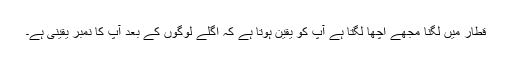
قطار میں لگنا مجھے اچھا لگتا ہے آپ کو یقین ہوتا ہے کہ اگلے لوگوں کے بعد آپ کا نمبر یقینی ہے۔